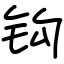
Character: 钩